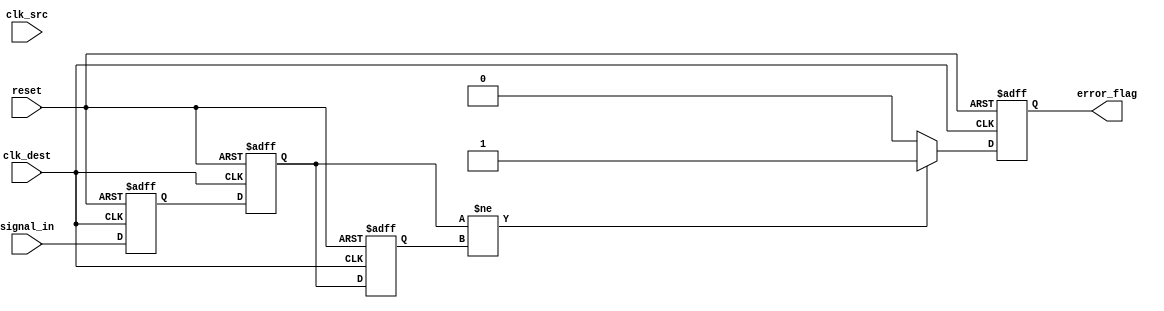
module cdc_detector (
    input wire clk_src,        // Source clock domain
    input wire clk_dest,       // Destination clock domain
    input wire reset,          // Asynchronous reset
    input wire signal_in,      // Input signal to monitor
    output reg error_flag      // Error flag output
);

    // Synchronizer registers
    reg signal_sync1;
    reg signal_sync2;

    // Previous state for edge detection
    reg signal_prev;

    // Asynchronous reset logic
    always @(posedge clk_dest or posedge reset) begin
        if (reset) begin
            signal_sync1 <= 1'b0;
            signal_sync2 <= 1'b0;
            error_flag <= 1'b0;
            signal_prev <= 1'b0;
        end else begin
            // Synchronize the input signal to the destination clock domain
            signal_sync1 <= signal_in; // First stage of synchronization
            signal_sync2 <= signal_sync1; // Second stage of synchronization

            // Edge detection logic
            if (signal_sync2 != signal_prev) begin
                error_flag <= 1'b1; // Transition detected
            end else begin
                error_flag <= 1'b0; // No transition
            end

            // Update previous state
            signal_prev <= signal_sync2;
        end
    end

endmodule